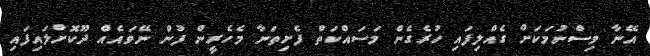
އޭނާ ވިސްނުމަކަށް ގެއްލިފައި ހުރެގެން މަސައްކަތް ފެށިތަނާ މެހެރީން ފުން ނޭވައެއް ދޫކޮށްލައިފައި